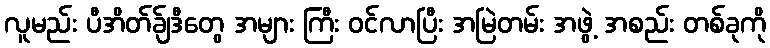
လူမည်း ပီအိတ်ခ်ျဒီတွေ အများ ကြီး ဝင်လာပြီး အမြဲတမ်း အဖွဲ့ အစည်း တစ်ခုကို